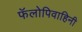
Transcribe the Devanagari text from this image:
फॅलोपिवाहिनी